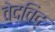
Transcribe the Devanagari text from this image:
वेदविद्